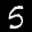
Label: 5